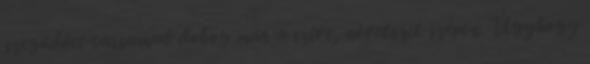
szegődött társamul: dobog már a szíve, növekszik szépen. Úgyhogy